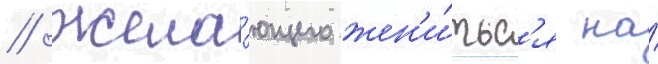
/ жела́ющего жен'и́тьс'я на́